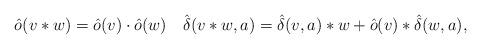
LaTeX: \begin{align*} \hat o(v*w) = \hat o(v) \cdot \hat o(w) \quad \hat\delta(v*w,a) = \hat\delta(v,a)*w+\hat o(v)*\hat\delta(w,a),\end{align*}